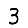
Digit: 3